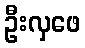
ဦးလှဖေ